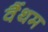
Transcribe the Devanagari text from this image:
वैंथम